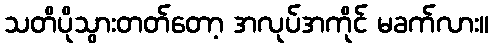
သတိပိုသွားတတ်တော့ အလုပ်အကိုင် မခက်လား။